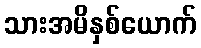
သားအမိနှစ်ယောက်